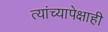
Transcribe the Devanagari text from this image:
त्यांच्यापेक्षाही